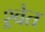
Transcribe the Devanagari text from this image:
श्र्वेत